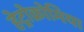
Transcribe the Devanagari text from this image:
हेट्रोक्रोमिया